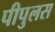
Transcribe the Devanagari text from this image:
पीपुलस